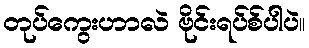
တုပ်ကွေးဟာလဲ ဗိုင်းရပ်စ်ပါပဲ။